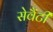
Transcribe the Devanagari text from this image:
सेवैंटी